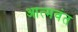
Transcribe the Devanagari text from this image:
आत्मवंत